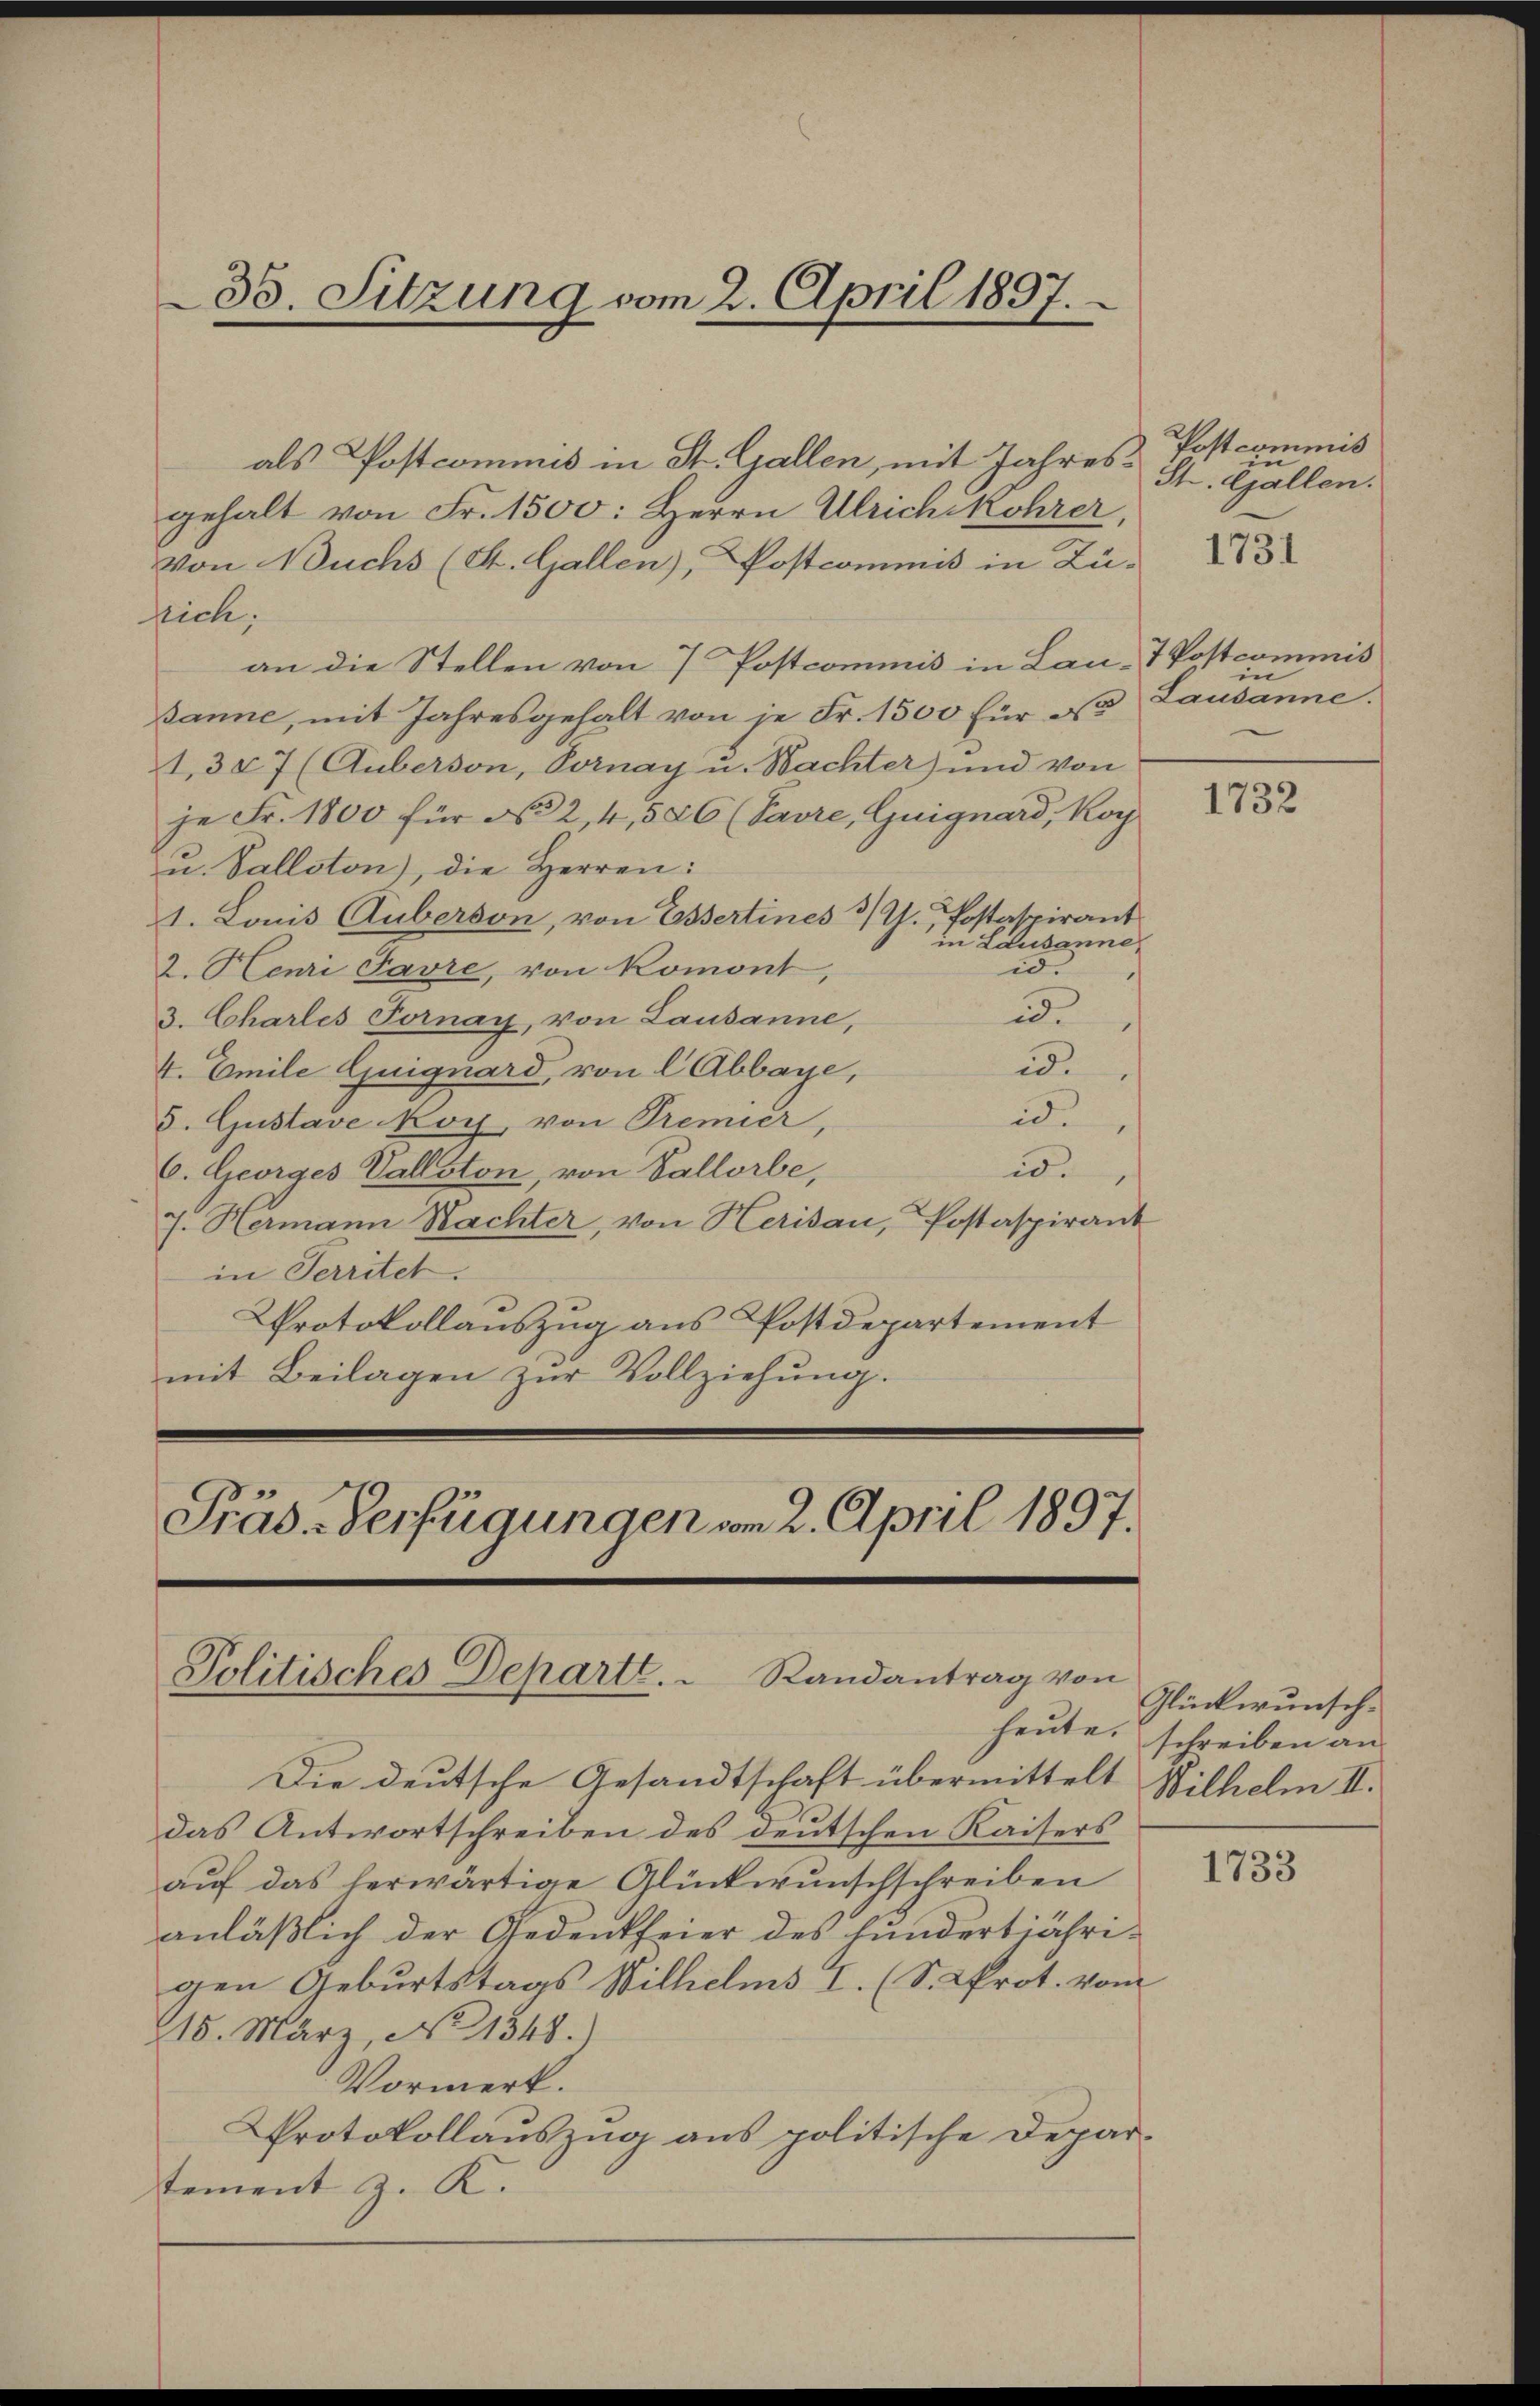
35. Sitzung vom 2. April 1897.

als Postcommis in St. Gallen, mit Jahresgehalt von Fr. 1500: Herrn Ulrichikohrer,
Von Buchs (St. Gallen), Postcommis in Zu-
sich,
an die Stellen von 7 Postcommis in Laut Postcommis
Banne, mit Jahresgehalt von je Fr. 1500 für d
1,307 (Auberson, Vornay u. Nachter) und von
je Fr. 1800 für No 2, 4, 526 (Pavre, Guignard, Roy
zu. Valloton), die Herren:
1. Louis Guberson, von Essertines 3. Postaspirant
in Lausanne,
id.
2. Henri Favre, von Romont
id.
3. Chartes Fornay, von Lausanne,
id.
4. Emile Guignard, von l Abbaye,
id.
5. Gustave koy von Premier
is.
6. Georges Vallston, von Vallorbe,
7. Hermann Nachter, von Herisau, Postaspirant
in Territet.
Protokollauszug aus Postdepartement
mit Beilagen zur Vollziehung.

Präd-Verfügungen vom 2. April 1897.
Politisches Departe.  Randantrag von

Postcommiß
St. Gallen.
1731

in
Lausanne.

Die deutsche Gesandtschaft übermittelt
das Antwortschreiben des deutschen Kaisers
aŭf das herwärtige Glückwunschschreiben
anläßlich der Gedenkfeier des hundertjährigen Geburtstags Wilhelms I. (S. Prot. vom
15. März, No 1348.)
Vormerk.
Protokollauszug aus politische Depar-
tement z. K.

1732

Glückwunsch.
heute, schreiben an
Wilhelm II.

1733